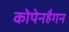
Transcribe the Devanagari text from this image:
कोपेनहैगन